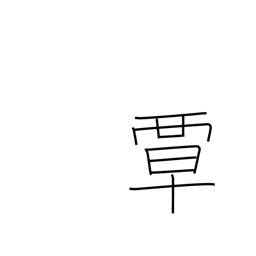
Meaning: extend